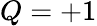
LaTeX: Q=+1